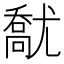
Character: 𡰘